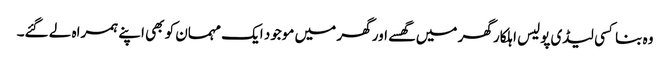
وہ بنا کسی لیڈی پولیس اہلکار گھر میں گھسے اور گھر میں موجود ایک مہمان کو بھی اپنے ہمراہ لے گئے۔